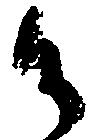
御